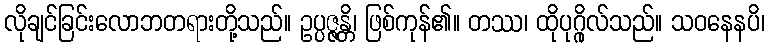
လိုချင်ခြင်းလောဘတရားတို့သည်။ ဥပ္ပဇ္ဇန္တိ၊ ဖြစ်ကုန်၏။ တဿ၊ ထိုပုဂ္ဂိုလ်သည်။ သဝနေနပိ၊